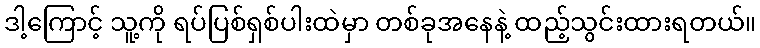
ဒါ့ကြောင့် သူ့ကို ရပ်ပြစ်ရှစ်ပါးထဲမှာ တစ်ခုအနေနဲ့ ထည့်သွင်းထားရတယ်။